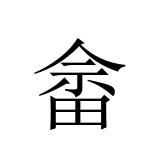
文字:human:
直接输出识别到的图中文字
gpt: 畲